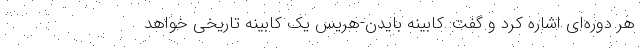
هر دوره‌ای اشاره کرد و گفت: کابینه بایدن-هریس یک کابینه تاریخی خواهد